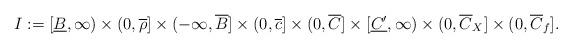
LaTeX: \begin{align*}{I}:= [\underline{B},\infty) \times (0,\overline{\rho} ] \times(-\infty, \overline{B} ] \times (0, \overline{c} ] \times (0,\overline{C} ] \times [\underline{C'},\infty) \times (0, \overline{C}_X] \times (0, \overline{C}_f].\end{align*}